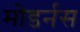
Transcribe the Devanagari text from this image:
मोडर्नस